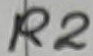
Text: R2